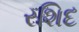
રશિદ